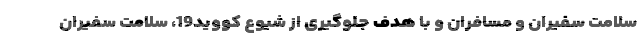
سلامت سفیران و مسافران و با هدف جلوگیری از شیوع کووید19، سلامت سفیران